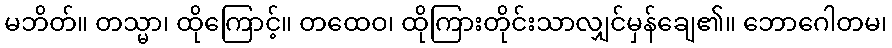
မဘိတ်။ တသ္မာ၊ ထိုကြောင့်။ တထေဝ၊ ထိုကြားတိုင်းသာလျှင်မှန်ချေ၏။ ဘောဂေါတမ၊